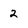
Character: 2